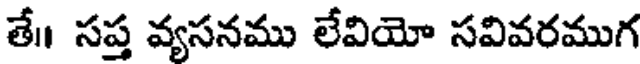
తే॥ సప్త వ్యసనము లేవియో సవివరముగ